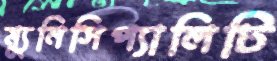
ম্যুনিসিপ্যালিটি